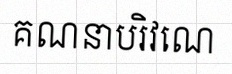
គណនាបរិវេណ